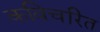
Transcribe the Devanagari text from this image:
कविचरित